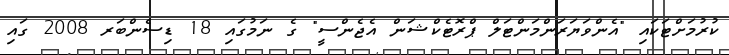
ކުރުމަށްޓަކައި "އެންވަޔަރަންމަންޓަލް ޕްރޮޓެކްޝަން އެޖެންސީ" ގެ ނަމުގައި 18 ޑިސެންބަރ 2008 ގައި